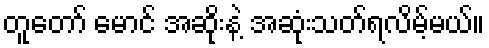
တူတော် မောင် အဆိုးနဲ့ အဆုံးသတ်ရလိမ့်မယ်။